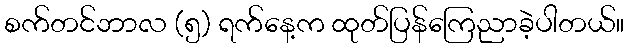
စက်တင်ဘာလ (၅) ရက်နေ့က ထုတ်ပြန်ကြေညာခဲ့ပါတယ်။